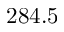
2 8 4 . 5